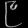
Digit: ၉